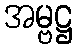
အမ္ဗဋ္ဌ